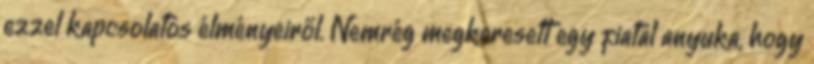
ezzel kapcsolatos élményeiről. Nemrég megkeresett egy fiatal anyuka, hogy